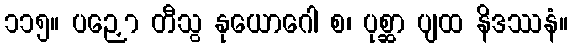
၁၁၅။ ပဉှော တီသွ နုယောဂေါ စ၊ ပုစ္ဆာ ပျထ နိဒဿနံ။